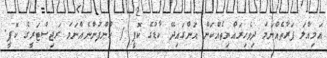
އަމިއްލަ ފަރާތެއްނަމަ ދިވެހިރައްޔިތެއްކަން އަންގައިދޭ ކާޑުގެ ކޮޕީ / ކުންފުންނެއްނަމަ ރަޖިސްޓަރީގެ ކޮޕީ.